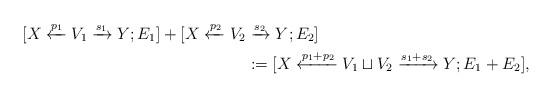
LaTeX: \begin{align*}[X \xleftarrow {p_1} V_1 \xrightarrow {s_1} Y; E_1] + [X \xleftarrow {p_2} V_2 & \xrightarrow {s_2} Y; E_2]\\& := [X \xleftarrow {p_1+p_2} V_1 \sqcup V_2 \xrightarrow {s_1+s_2} Y; E_1 + E_2],\end{align*}